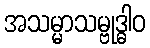
အသမ္မာသမ္ဗုဒ္ဓါဝ